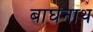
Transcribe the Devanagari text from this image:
बाघनाथ